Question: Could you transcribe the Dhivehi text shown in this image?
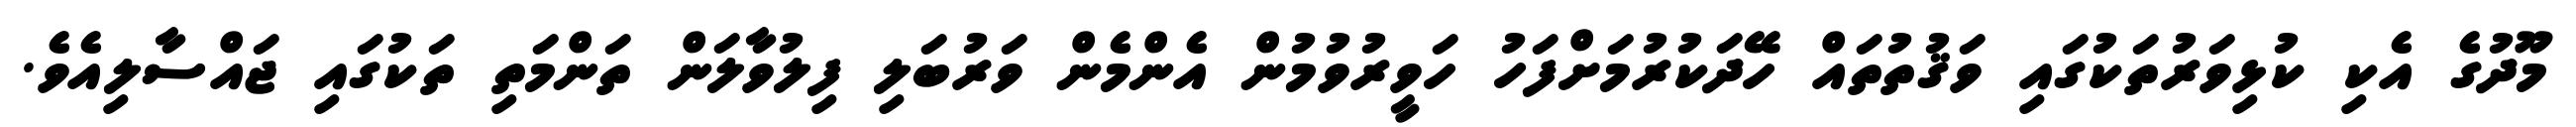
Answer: މޫދުގެ އެކި ކުޅިވަރުތަކުގައި ވަޤުތުތައް ހޭދަކުރުމަށްފަހު ހަވީރުވުމުން އެންމެން ވަރުބަލި ފިލުވާލަން ތަންމަތި ތަކުގައި ޖައްސާލިއެވެ.